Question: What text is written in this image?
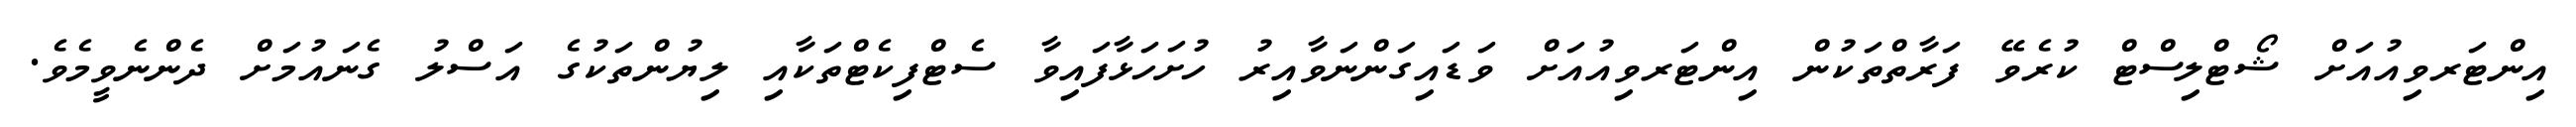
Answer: އިންޓަރވިއުއަށް ޝޯޓްލިސްޓް ކުރެވޭ ފަރާތްތަކުން އިންޓަރވިއުއަށް ވަޑައިގަންނަވާއިރު ހުށަހަޅާފައިވާ ސެޓްފިކެޓްތަކާއި ލިޔުންތަކުގެ އަސްލު ގެނައުމަށް ދެންނެވީމެވެ.